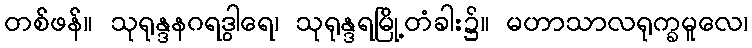
တစ်ဖန်။ သုရုန္ဒနဂရဒွါရေ၊ သုရုန္ဒရမြို့တံခါး၌။ မဟာသာလရုက္ခမူလေ၊